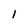
Character: 1